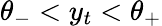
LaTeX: {\theta_{-}}<y_{t}<{\theta_{+}}